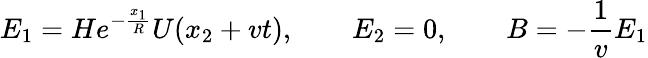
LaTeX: E_{1}=He^{-\frac{x_{1}}{R}}U(x_{2}+vt),\qquad E_{2}=0,\qquad B=-\frac{1}{v}E_{1}